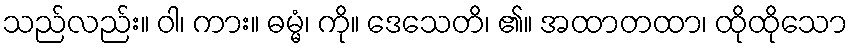
သည်လည်း။ ဝါ၊ ကား။ ဓမ္မံ၊ ကို။ ဒေသေတိ၊ ၏။ အထာတထာ၊ ထိုထိုသော